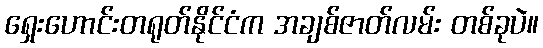
ရှေးဟောင်းတရုတ်နိုင်ငံက အချစ်ဇာတ်လမ်း တစ်ခုပဲ။